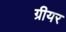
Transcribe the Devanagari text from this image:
ग्रीयर